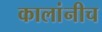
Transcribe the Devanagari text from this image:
कालांनीच